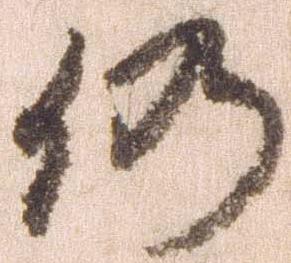
仍